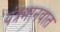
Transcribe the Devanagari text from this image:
यंत्रमानवात